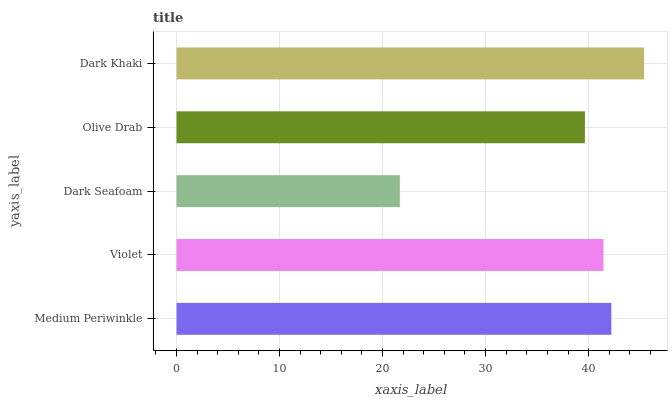
| yaxis_label | bars |
 | --- | --- |
 | Medium Periwinkle | 42.2 |
 | Violet | 41.4 |
 | Dark Seafoam | 21.7 |
 | Olive Drab | 39.6 |
 | Dark Khaki | 45.4 |